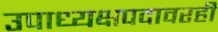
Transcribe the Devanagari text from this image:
उपाध्यक्षपदावरही